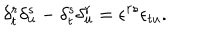
\delta _ { t } ^ { r } \delta _ { u } ^ { s } - \delta _ { t } ^ { s } \delta _ { u } ^ { r } = \epsilon ^ { r s } \epsilon _ { t u } .